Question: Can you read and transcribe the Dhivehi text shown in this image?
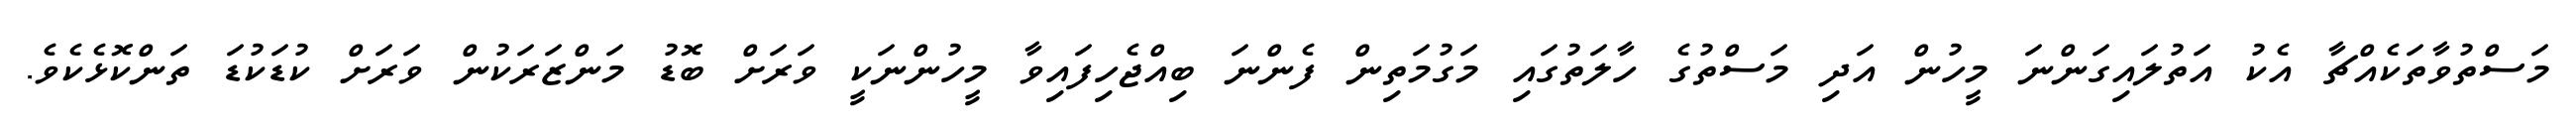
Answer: މަސްތުވާތަކެއްޗާ އެކު އަތުލައިގަންނަ މީހުން އަދި މަސްތުގެ ހާލަތުގައި މަގުމަތިން ފެންނަ ބިއްޖެހިފައިވާ މީހުންނަކީ ވަރަށް ބޮޑު މަންޒަރަކުން ވަރަށް ކުޑަކުޑަ ތަންކޮޅެކެވެ.